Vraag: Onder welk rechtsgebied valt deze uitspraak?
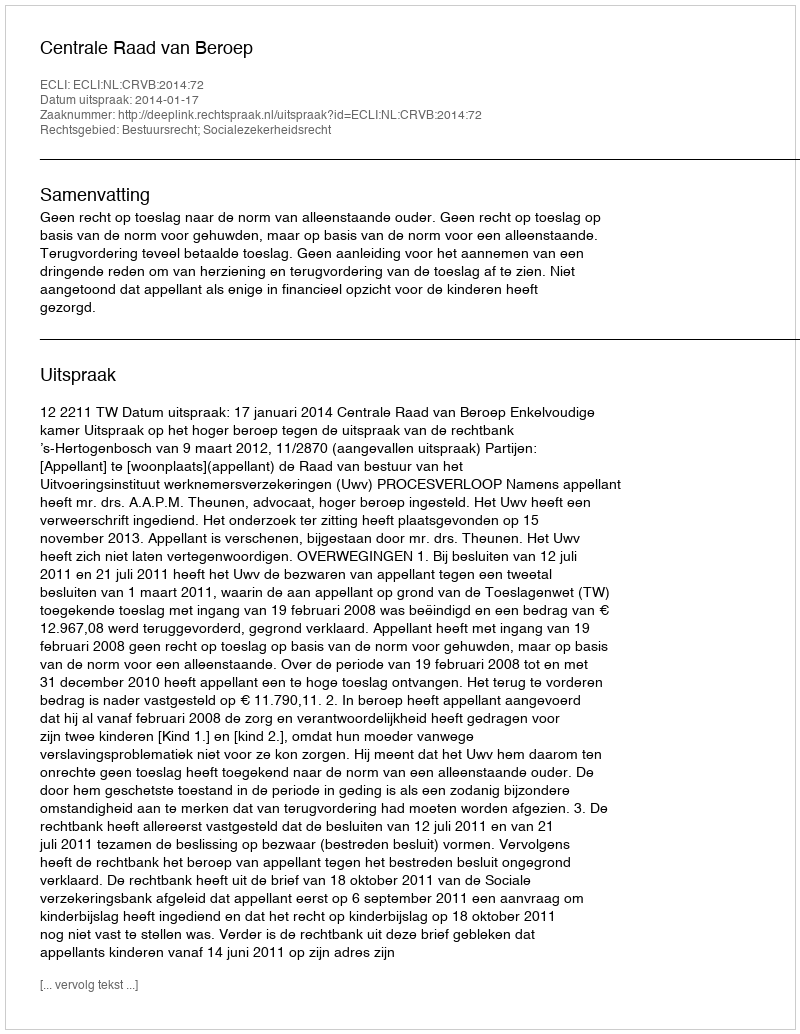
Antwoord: Bestuursrecht; Socialezekerheidsrecht